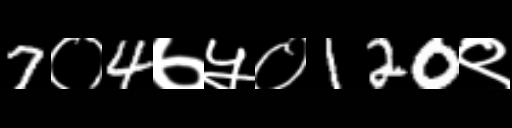
Text: 7०4७५०120९